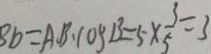
B D = A B \cdot \cos B = 5 \times \frac { 3 } { 5 } = 3